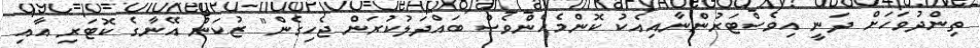
ތިންދުވަހަށް ދަނީ އިވެސްޓަރުންނާއިއެކު ކޮންމެހެންވެސް ބައްދަލުކުރަން ޖެހިގެން" ޒުކަން އޭނާގެ ކޮޓަރި އާއި